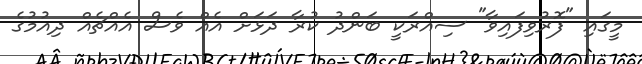
މީގައި "ފޮރުވިފައިވާ" ސިއްރަކީ ބަންދު ކުރާ ދަޅަށް އެއް ވެސް އެއްޗެއް ދިއުމުގެ